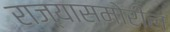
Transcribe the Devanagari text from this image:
राज्यासमोरील